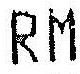
RM